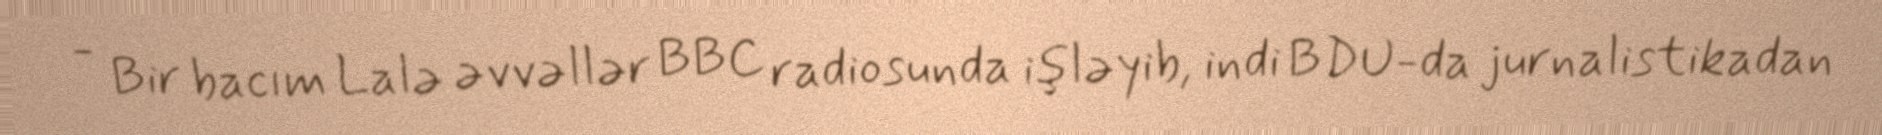
- Bir bacım Lalə əvvəllər BBC radiosunda işləyib, indi BDU-da jurnalistikadan